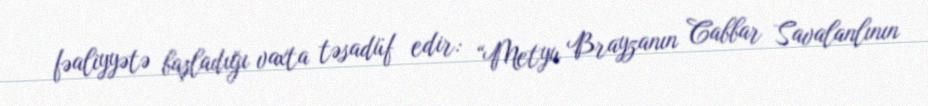
fəaliyyətə başladığı vaxta təsadüf edir: “Metyu Brayzanın Cabbar Savalanlının